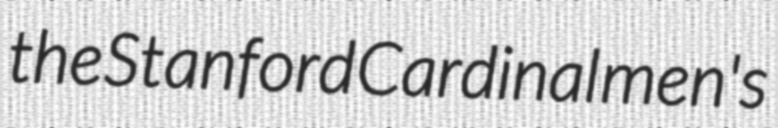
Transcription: the Stanford Cardinal men's